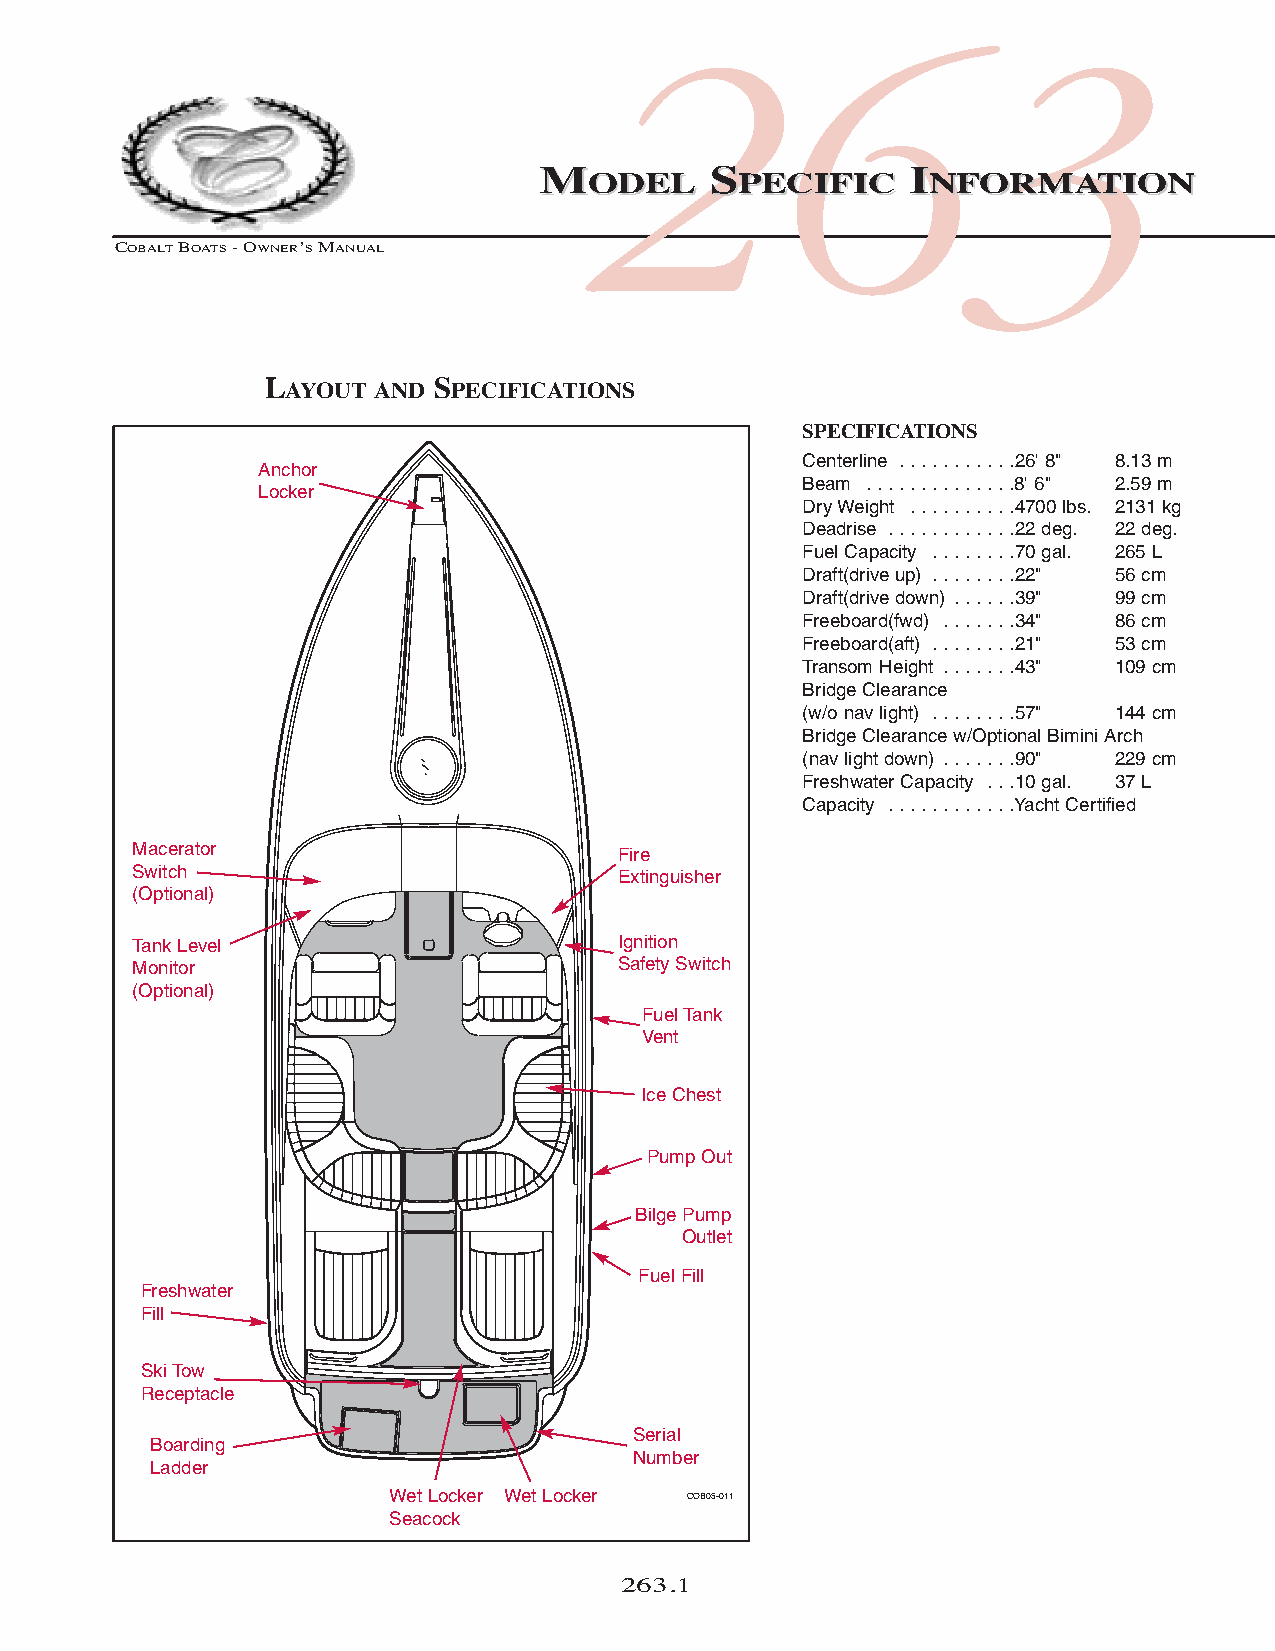
COB_05 Sect 262.qxd 3/18/05 9:28 AM Page 263.1
 263
 MMOODDEELL SSPPEECCIIFFIICC IINNFFOORRMMAATTIIOONN
 COBALTBOATS- OWNER’SMANUAL
 LAYOUT AND SPECIFICATIONS
 SPECIFICATIONS
 Centerline . . . . . . . . . . .26' 8" 8.13 m
 Anchor
 Beam . . . . . . . . . . . . . .8' 6" 2.59 m
 Locker
 Dry Weight . . . . . . . . . .4700 lbs. 2131 kg
 Deadrise . . . . . . . . . . . .22 deg. 22 deg.
 Fuel Capacity . . . . . . . .70 gal. 265 L
 Draft(drive up) . . . . . . . .22" 56 cm
 Draft(drive down) . . . . . .39" 99 cm
 Freeboard(fwd) . . . . . . .34" 86 cm
 Freeboard(aft) . . . . . . . .21" 53 cm
 Transom Height . . . . . . .43" 109 cm
 Bridge Clearance
 (w/o nav light) . . . . . . . .57" 144 cm
 Bridge Clearance w/Optional Bimini Arch
 (nav light down) . . . . . . .90" 229 cm
 Freshwater Capacity . . .10 gal. 37 L
 Capacity . . . . . . . . . . . .Yacht Certified
 Macerator                       Fire
 Switch                          Extinguisher
 (Optional)
 Tank Level                      Ignition
 Monitor                         Safety Switch
 (Optional)
 Fuel Tank
 Vent
 Ice Chest
 Pump Out
 Bilge Pump
 Outlet
 Fuel Fill
 Freshwater
 Fill
 Ski Tow
 Receptacle
 Serial
 Boarding
 Number
 Ladder
 Wet Locker Wet Locker COB05-011
 Seacock
 263.1